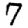
Digit: 7